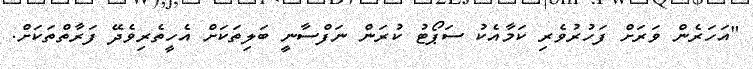
"އަހަރެން ވަރަށް ފަހުރުވެރި ކަމާއެކު ސަޕޯޓު ކުރަން ނަފްސާނީ ބަލިތަކަށް އެހީތެރިވެދޭ ފަރާތްތަކަށް.